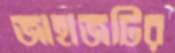
জাহাজটির